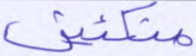
متكئين